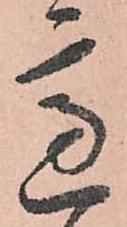
慮